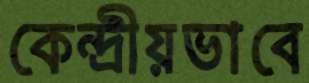
কেন্দ্রীয়ভাবে